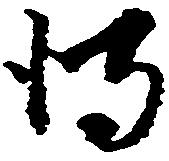
得